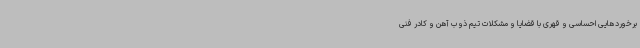
برخوردهایی احساسی و قهری با قضایا و مشکلات تیم ذوب آهن و کادر فنی